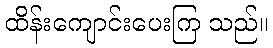
ထိန်းကျောင်းပေးကြ သည်။